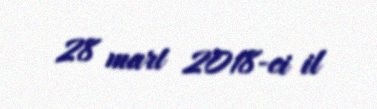
28 mart 2018-ci il